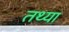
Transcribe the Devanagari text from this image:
तथ्या